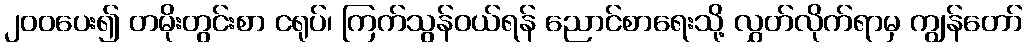
၂၀၀ပေး၍ တမိုးတွင်းစာ ငရုပ်၊ ကြက်သွန်ဝယ်ရန် ညောင်စာရေးသို့ လွှတ်လိုက်ရာမှ ကျွန်တော်